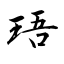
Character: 珸